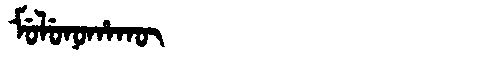
Manchu: ᠮᡠᠯᡠᠨᠣᡥᠠᡴᡡ
Romanization: MULUNOHAKŪ